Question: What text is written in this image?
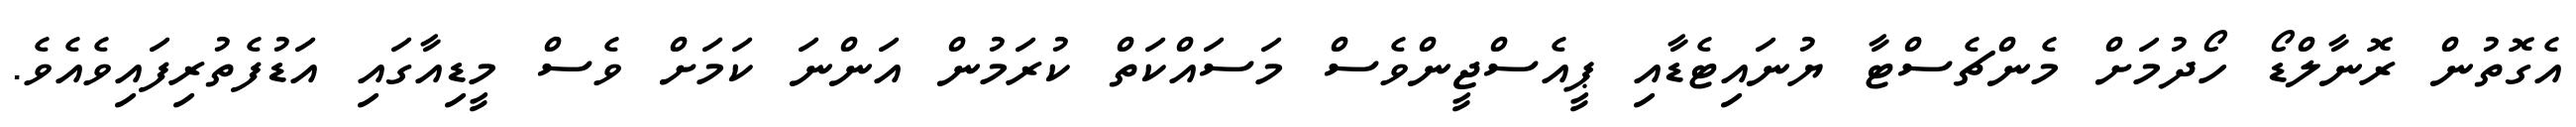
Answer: އެގޮތުން ރޮނާލްޑޯ ހޯދުމަށް މެންޗެސްޓާ ޔުނައިޓެޑާއި ޕީއެސްޖީންވެސް މަސައްކަތް ކުރަމުން އަންނަ ކަމަށް ވެސް މީޑިއާގައި އަޑުފެތުރިފައިވެއެވެ.